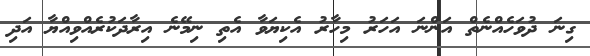
ގިނަ ދުވަހެއްނެތް އަންނަ އަހަރު މިހާރު އެކިޔަވާ އެތި ނިމޭނެ އިރާދަކުރެއްވިއްޔާ އަދި